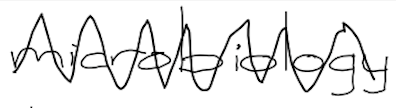
Text: microbiology
Cross-out: zig-zag
Writing tool: digital_black